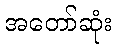
အတော်ဆုံး